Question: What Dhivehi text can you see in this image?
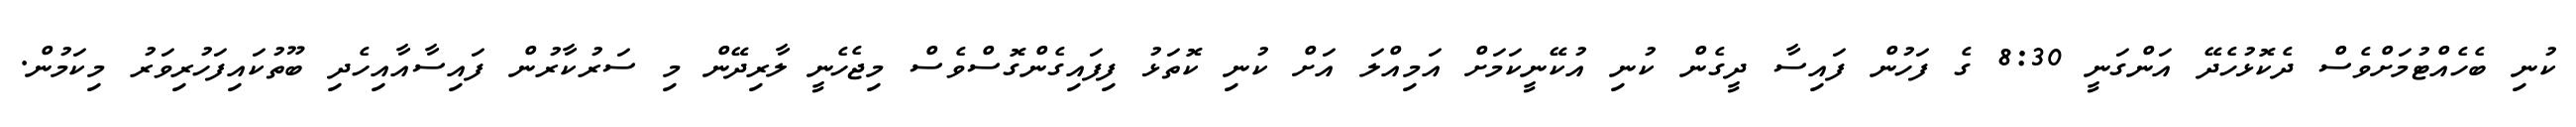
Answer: ކުނި ބެހެއްޓުމަށްވެސް ދެކޮޅުހެދޭ އަންގަނީ 8:30 ގެ ފަހުން ފައިސާ ދީގެން ކުނި އުކޭނީކަމަށް އަމިއްލަ އަށް ކުނި ކޮތަޅު ފިފައިގެންގޮސްވެސް މިޖެހެނީ ލާރިދޭން މި ސަރުކާރުން ފައިސާއާއިހެދި ބޫތުކައިފަހުރިވަރު މިކަމުން.